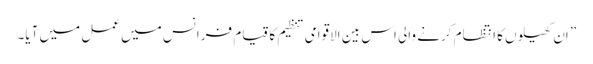
” اِن کھیلوں کا انتظام کرنے والی اس بین الاقوامی تنظیم کا قیام فرانس میں عمل میں آیا۔